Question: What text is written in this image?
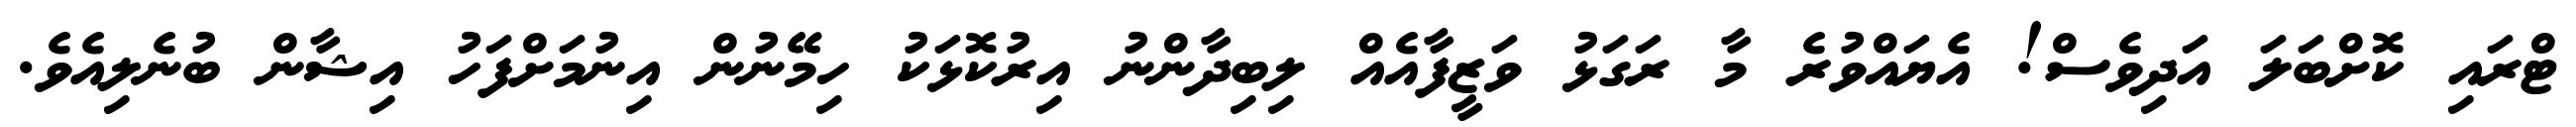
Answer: ޓްރައި ކޮށްބަލަ އަދިވެސް! އެޔައްވުރެ މާ ރަގަޅު ވަޒީފާއެއް ލިބިދާންނު އިރުކޮޅަކު ހިމޭނުން އިނުމަށްފަހު އިޝާން ބުނެލިއެވެ.